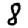
Digit: 8